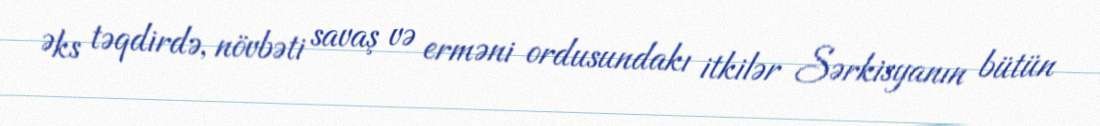
Əks təqdirdə, növbəti savaş və erməni ordusundakı itkilər Sərkisyanın bütün